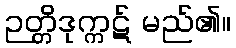
ဉတ္တိဒုက္ကဋ် မည်၏။